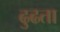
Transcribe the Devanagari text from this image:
ढुढता